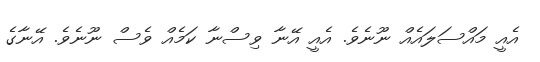
އެއީ މައްސަލައެއް ނޫނެވެ. އެއީ އޭނާ ވިސްނާ ކަމެއް ވެސް ނޫނެވެ. އޭނާގެ